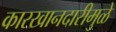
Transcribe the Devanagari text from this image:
कारखानदारीमुळे